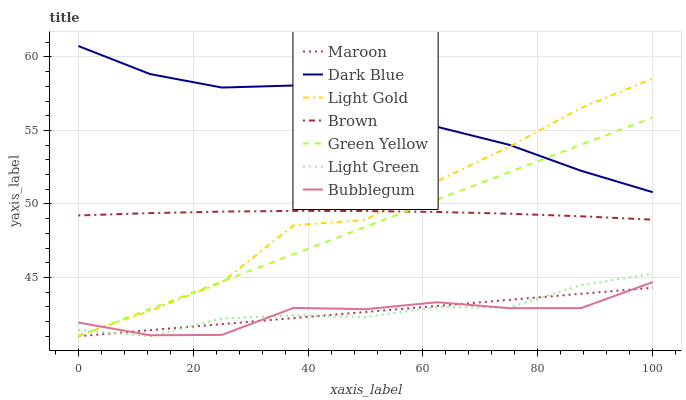
| xaxis_label | Maroon | Dark Blue | Light Gold | Brown | Green Yellow | Light Green | Bubblegum |
 | --- | --- | --- | --- | --- | --- | --- | --- |
 | 0 | 41 | 60.7 | 41 | 49.2 | 41 | 41.4 | 41.9 |
 | 12.5 | 41.4 | 58.8 | 42.7 | 49.4 | 42.9 | 41 | 41.1 |
 | 25 | 41.8 | 57.9 | 44.7 | 49.5 | 44.7 | 42.2 | 41.1 |
 | 37.5 | 42.2 | 58.1 | 48.6 | 49.5 | 46.6 | 42.4 | 42.9 |
 | 50 | 42.7 | 56.2 | 48.9 | 49.5 | 48.4 | 42.3 | 42.8 |
 | 62.5 | 43.1 | 55.2 | 51.5 | 49.5 | 50.3 | 43 | 43.3 |
 | 75 | 43.5 | 54 | 53.9 | 49.3 | 52.2 | 42.9 | 42.9 |
 | 87.5 | 43.9 | 52.3 | 56.5 | 49.2 | 54 | 44.5 | 42.9 |
 | 100 | 44.3 | 50.8 | 58.5 | 48.9 | 55.9 | 45.3 | 44.7 |